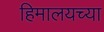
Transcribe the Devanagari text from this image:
हिमालयच्या